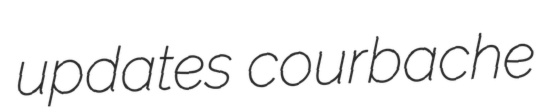
updates courbache